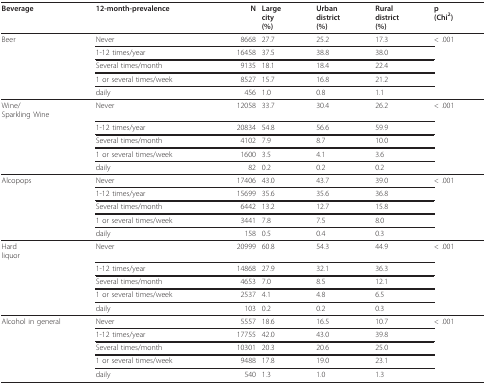
<table><thead><tr><td><b>Beverage</b></td><td><b>12-month-prevalence</b></td><td><b>N</b></td><td><b>Largecity(%)</b></td><td><b>Urbandistrict(%)</b></td><td><b>Ruraldistrict(%)</b></td><td><b>p(Chi<sup>2</sup>)</b></td></tr></thead><tbody><tr><td>Beer</td><td>Never</td><td>8668</td><td>27.7</td><td>25.2</td><td>17.3</td><td>&lt; .001</td></tr><tr><td></td><td>1-12 times/year</td><td>16458</td><td>37.5</td><td>38.8</td><td>38.0</td><td></td></tr><tr><td></td><td>Several times/month</td><td>9135</td><td>18.1</td><td>18.4</td><td>22.4</td><td></td></tr><tr><td></td><td>1 or several times/week</td><td>8527</td><td>15.7</td><td>16.8</td><td>21.2</td><td></td></tr><tr><td></td><td>daily</td><td>456</td><td>1.0</td><td>0.8</td><td>1.1</td><td></td></tr><tr><td>Wine/Sparkling Wine</td><td>Never</td><td>12058</td><td>33.7</td><td>30.4</td><td>26.2</td><td>&lt; .001</td></tr><tr><td></td><td>1-12 times/year</td><td>20834</td><td>54.8</td><td>56.6</td><td>59.9</td><td></td></tr><tr><td></td><td>Several times/month</td><td>4102</td><td>7.9</td><td>8.7</td><td>10.0</td><td></td></tr><tr><td></td><td>1 or several times/week</td><td>1600</td><td>3.5</td><td>4.1</td><td>3.6</td><td></td></tr><tr><td></td><td>daily</td><td>82</td><td>0.2</td><td>0.2</td><td>0.2</td><td></td></tr><tr><td>Alcopops</td><td>Never</td><td>17406</td><td>43.0</td><td>43.7</td><td>39.0</td><td>&lt; .001</td></tr><tr><td></td><td>1-12 times/year</td><td>15699</td><td>35.6</td><td>35.6</td><td>36.8</td><td></td></tr><tr><td></td><td>Several times/month</td><td>6442</td><td>13.2</td><td>12.7</td><td>15.8</td><td></td></tr><tr><td></td><td>1 or several times/week</td><td>3441</td><td>7.8</td><td>7.5</td><td>8.0</td><td></td></tr><tr><td></td><td>daily</td><td>158</td><td>0.5</td><td>0.4</td><td>0.3</td><td></td></tr><tr><td>Hardliquor</td><td>Never</td><td>20999</td><td>60.8</td><td>54.3</td><td>44.9</td><td>&lt; .001</td></tr><tr><td></td><td>1-12 times/year</td><td>14868</td><td>27.9</td><td>32.1</td><td>36.3</td><td></td></tr><tr><td></td><td>Several times/month</td><td>4653</td><td>7.0</td><td>8.5</td><td>12.1</td><td></td></tr><tr><td></td><td>1 or several times/week</td><td>2537</td><td>4.1</td><td>4.8</td><td>6.5</td><td></td></tr><tr><td></td><td>daily</td><td>103</td><td>0.2</td><td>0.2</td><td>0.3</td><td></td></tr><tr><td>Alcohol in general</td><td>Never</td><td>5557</td><td>18.6</td><td>16.5</td><td>10.7</td><td>&lt; .001</td></tr><tr><td></td><td>1-12 times/year</td><td>17755</td><td>42.0</td><td>43.0</td><td>39.8</td><td></td></tr><tr><td></td><td>Several times/month</td><td>10301</td><td>20.3</td><td>20.6</td><td>25.0</td><td></td></tr><tr><td></td><td>1 or several times/week</td><td>9488</td><td>17.8</td><td>19.0</td><td>23.1</td><td></td></tr><tr><td></td><td>daily</td><td>540</td><td>1.3</td><td>1.0</td><td>1.3</td><td></td></tr></tbody></table>